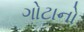
ગોટાનો